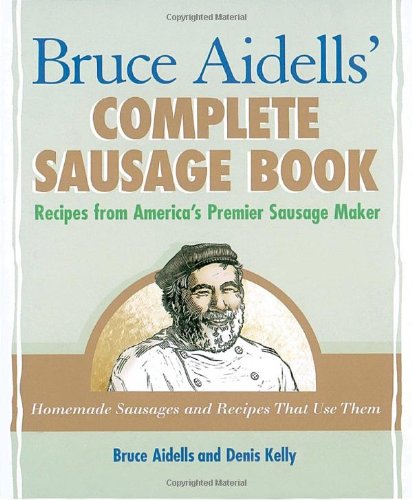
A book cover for Bruce Aidells's Complete Sausage Book : Recipes from America's Premium Sausage Maker; Bruce Aidells; Cookbooks, Food & Wine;